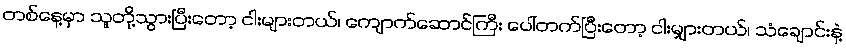
တစ်နေ့မှာ သူတို့သွားပြီးတော့ ငါးများတယ်၊ ကျောက်ဆောင်ကြီး ပေါ်တက်ပြီးတော့ ငါးမျှားတယ်၊ သံချောင်းနဲ့